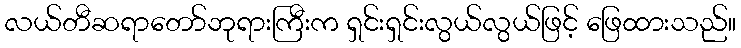
လယ်တီဆရာတော်ဘုရားကြီးက ရှင်းရှင်းလွယ်လွယ်ဖြင့် ဖြေထားသည်။